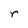
Character: r